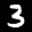
Label: 3